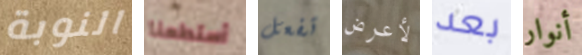
النوبة أستطعنا تفعل لأعرض بعد أنوار